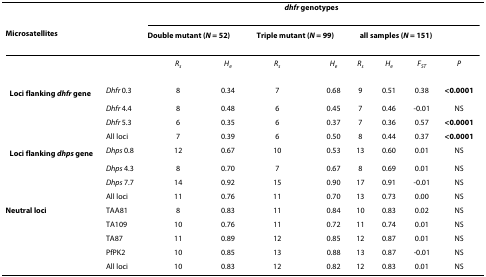
|  |  | <COLSPAN=8> dhfr genotypes |
 | <COLSPAN=2> Microsatellites | <COLSPAN=2> Double mutant (N = 52) | <COLSPAN=2> Triple mutant (N = 99) | <COLSPAN=4> all samples (N = 151) |
 | --- | --- | --- | --- | --- | --- | --- | --- | --- | --- |
 |  |  | Rs | He | Rs | He | Rs | He | FST | P |
 | Loci flanking dhfr gene | Dhfr 0.3 | 8 | 0.34 | 7 | 0.68 | 9 | 0.51 | 0.38 | <0.0001 |
 |  | Dhfr 4.4 | 8 | 0.48 | 6 | 0.45 | 7 | 0.46 | -0.01 | NS |
 |  | Dhfr 5.3 | 6 | 0.35 | 6 | 0.37 | 7 | 0.36 | 0.57 | <0.0001 |
 |  | All loci | 7 | 0.39 | 6 | 0.50 | 8 | 0.44 | 0.37 | <0.0001 |
 | Loci flanking dhps gene | Dhps 0.8 | 12 | 0.67 | 10 | 0.53 | 13 | 0.60 | 0.01 | NS |
 |  | Dhps 4.3 | 8 | 0.70 | 7 | 0.67 | 8 | 0.69 | 0.01 | NS |
 |  | Dhps 7.7 | 14 | 0.92 | 15 | 0.90 | 17 | 0.91 | -0.01 | NS |
 |  | All loci | 11 | 0.76 | 11 | 0.70 | 13 | 0.73 | 0.00 | NS |
 | Neutral loci | TAA81 | 8 | 0.83 | 11 | 0.84 | 10 | 0.83 | 0.02 | NS |
 |  | TA109 | 10 | 0.76 | 11 | 0.72 | 11 | 0.74 | 0.01 | NS |
 |  | TA87 | 11 | 0.89 | 12 | 0.85 | 12 | 0.87 | 0.01 | NS |
 |  | PfPK2 | 10 | 0.85 | 13 | 0.88 | 13 | 0.87 | -0.01 | NS |
 |  | All loci | 10 | 0.83 | 12 | 0.82 | 12 | 0.83 | 0.01 | NS |